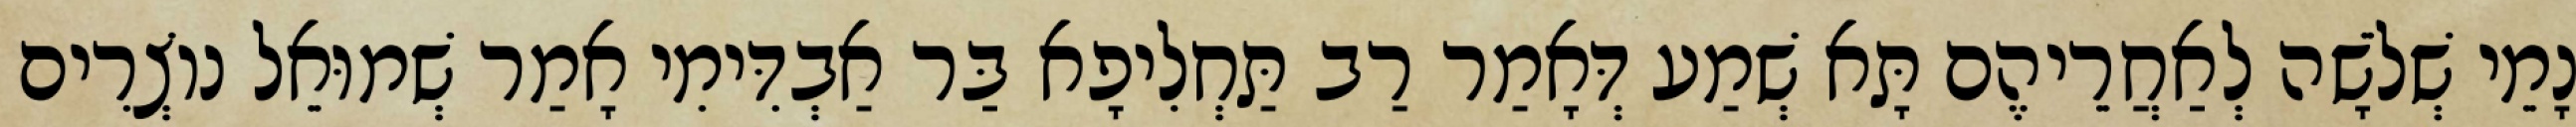
נָמֵי שְׁלֹשָׁה לְאַחֲרֵיהֶם תָּא שְׁמַע דְּאָמַר רַב תַּחְלִיפָא בַּר אַבְדִּימִי אָמַר שְׁמוּאֵל נוֹצְרִים